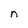
Character: n